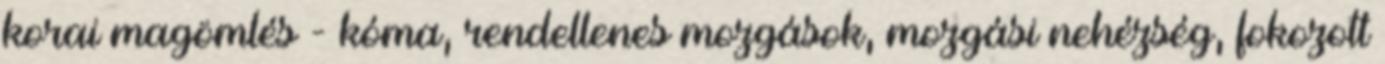
korai magömlés - kóma, rendellenes mozgások, mozgási nehézség, fokozott